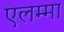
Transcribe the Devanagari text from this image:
एलम्‍मा